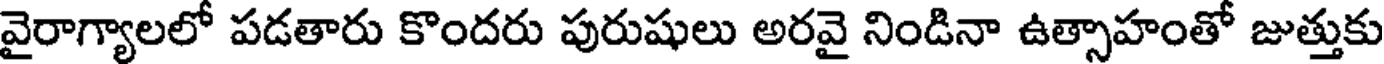
వైరాగ్యాలలో పడతారు కొందరు పురుషులు అరవై నిండినా ఉత్సాహంతో జుత్తుకు